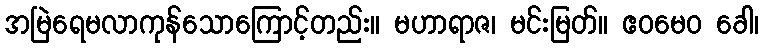
အမြဲရေမလာကုန်သောကြောင့်တည်း။ မဟာရာဇ၊ မင်းမြတ်။ ဧဝမေဝ ခေါ၊